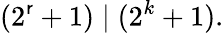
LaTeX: (2^{\mathsf{r}}+1)\mid(2^{k}+1).